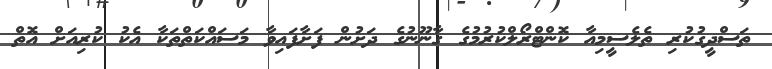
ތަސްދީގުކުރި ތެލެސީމިއާ ކޮންޓްރޯލްކުރުމުގެ ގާނޫނުގެ ދަށުން ފަށާފައިވާ މަސައްކަތްތަކާ އެކު ކުރިއަށް އޮތް